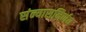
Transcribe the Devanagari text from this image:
संन्यासनिर्णय